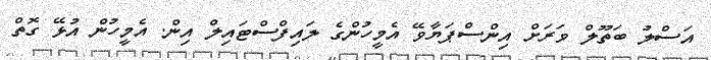
އަސްލު ބަތޫލް ވަރަށް އިންސްޕަޔާވޭ އެމީހުންގެ ލައިފްސްޓައިލް އިން. އެމީހުން އުޅޭ ގޮތް